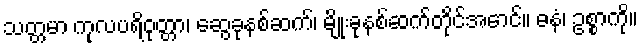
သတ္တမာ ကုလပရိဝုတ္တာ၊ ဆွေခုနစ်ဆက်၊ မျိုးခုနစ်ဆက်တိုင်အောင်။ ဓနံ၊ ဥစ္စာကို။